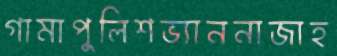
গামাপুলিশভ্যাননাজাহ